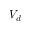
V _ { d }